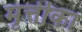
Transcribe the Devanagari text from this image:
मृत्तीका